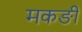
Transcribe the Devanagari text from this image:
मकङी